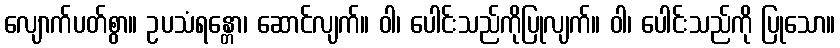
လျောက်ပတ်စွာ။ ဥပသံရန္တော၊ ဆောင်လျက်။ ဝါ၊ ပေါင်းသည်ကိုပြုလျက်။ ဝါ၊ ပေါင်းသည်ကို ပြုသော။